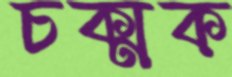
চক্‌মক